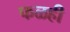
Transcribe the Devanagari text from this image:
फळही